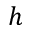
h